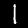
Label: 1